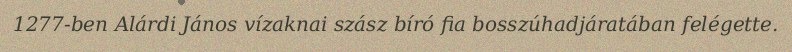
1277-ben Alárdi János vízaknai szász bíró fia bosszúhadjáratában felégette.